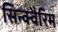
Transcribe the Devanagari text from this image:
सिन्क्वैरिम